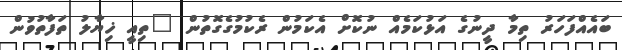
ބައެއްފަހަރު ތިމާ ދީނުގެ އަޅުކަމެއް ނުކޮށް އެކަމުން ރެކުމުގެގޮތުން "ތިއީ ޚިޔާލު ތަފާތުވުން